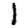
Digit: 1